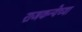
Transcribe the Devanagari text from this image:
राजकन्येच्या